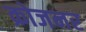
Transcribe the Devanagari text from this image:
क्रोजनर